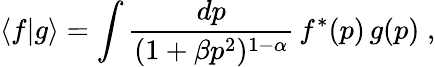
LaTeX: \langle f|g\rangle=\int\frac{dp}{(1+\beta p^{2})^{1-\alpha}}\, f^{*}(p)\, g(p)\; ,